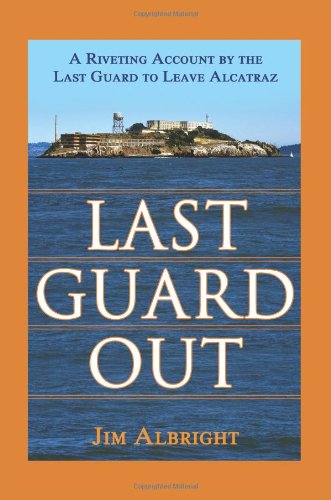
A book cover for Last Guard Out: A Riveting Account by the Last Guard to Leave Alcatraz; Jim Albright; Biographies & Memoirs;